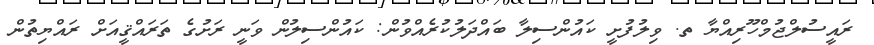
ރައީސުލްޖުމްހޫރިއްޔާ ތ. ވިލުފުށީ ކައުންސިލާ ބައްދަލުކުރެއްވުން: ކައުންސިލުން ވަނީ ރަށުގެ ތަރައްޤީއަށް ރައްޔިތުން